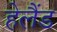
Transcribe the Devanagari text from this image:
हेलैंड